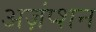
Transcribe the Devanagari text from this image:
अज़ंप्शन